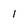
Character: I